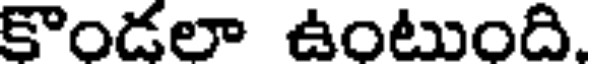
కొండలా ఉంటుంది.